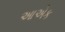
આએક